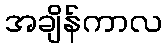
အချိန်ကာလ